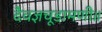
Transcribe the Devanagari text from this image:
दैवज्ञचूडामणी॥